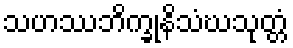
သဟဿဘိက္ခုနိသံဃသုတ္တံ